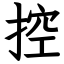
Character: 控